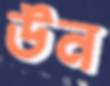
উন